Jaan_Tonisson_(Lasteleht), lk 293
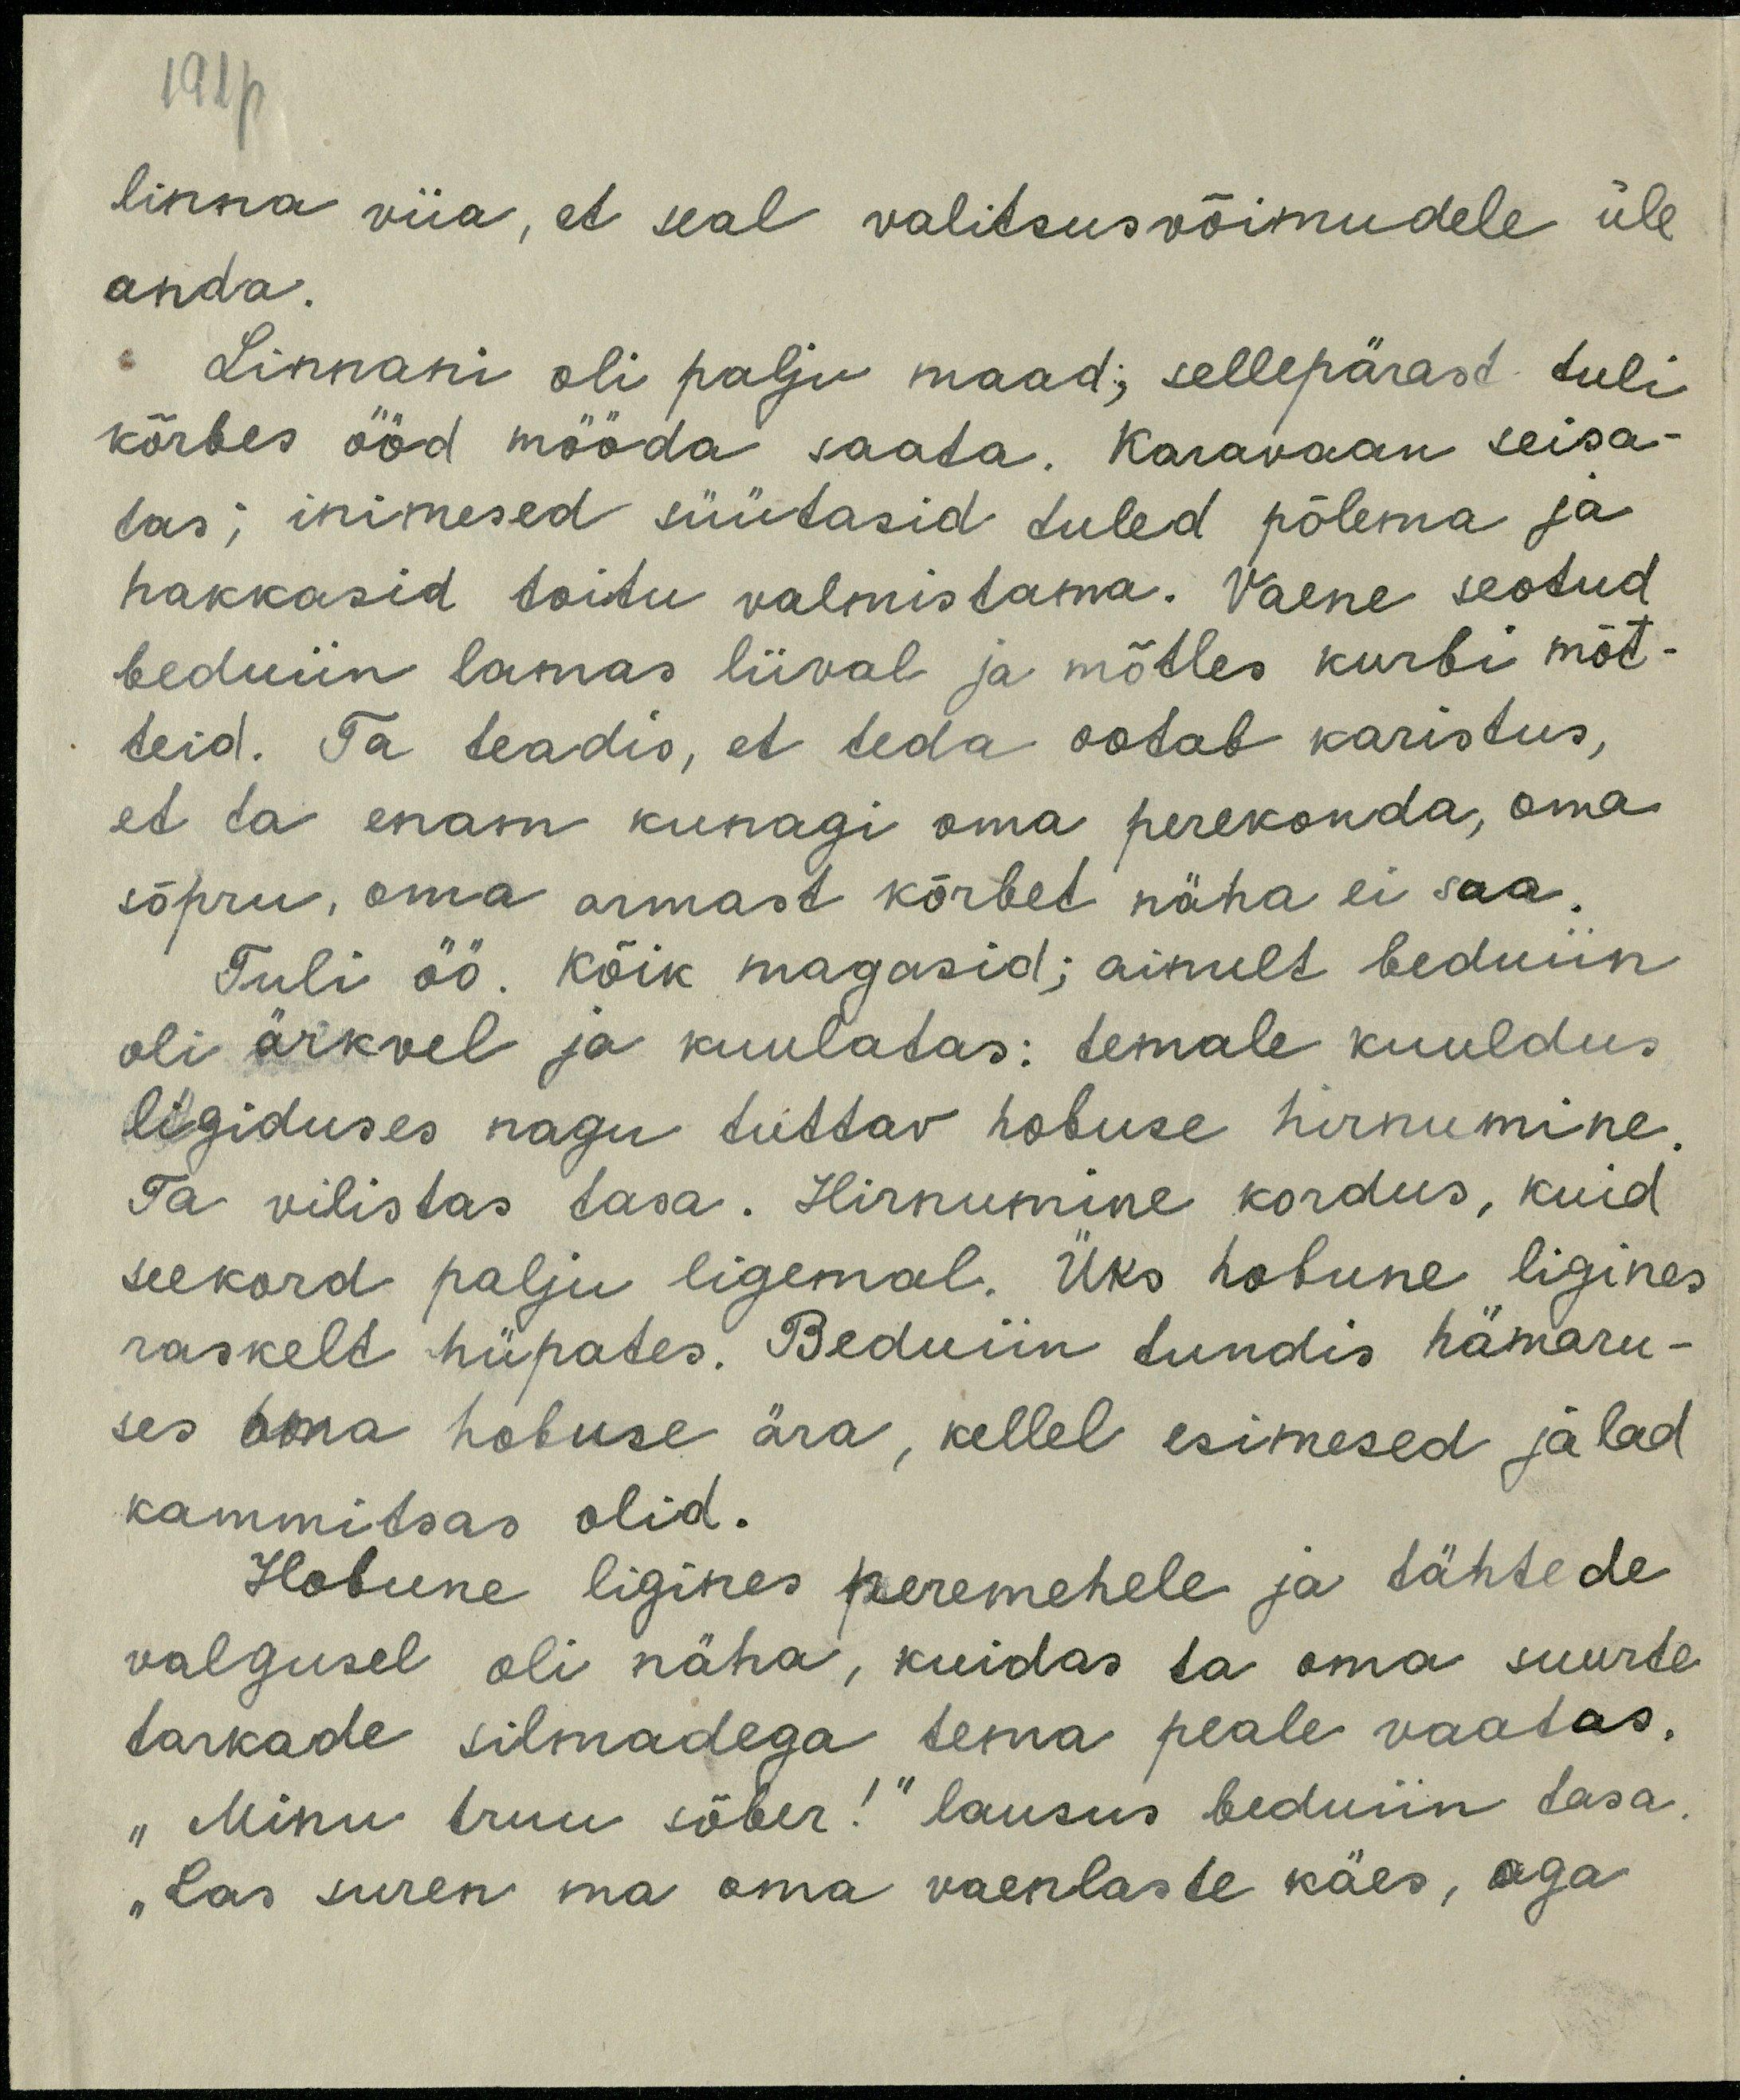
linna viia, et seal valitsusvõimudele üle
anda.
Linnani oli palju maad; sellepärast tuli
kõrbes ööd mööda saada. Karavan seisa-
tas; inimesed süütasid tuled põlema ja
hakkasid toitu valmistama. Vaene seodud
beduiin lamas liival ja mõtles kurbi mõt-
teid. Ta teadis, et teda oodab karistus,
et ta enam kunagi oma perekonda, oma
sõpru, oma armast kõrbed näha ei saa.
Tubli öö. Kõik magasid; ainult beduiin
oli ärkvel ja kuuladas: temale kuuldus 
ligiduses nagu tuttav hobuse hirnumine.
Ta vilistas tasa. Hirnumine kordus, kuid
seekord palju ligemal. Üks hobune ligines
raskelt hüpates. Beduiin tundis hämaru-
ses oma hobuse ära, kellel esimesed jalad
kammitsas olid.
Hobune ligines peremehele ja tähtede
valgusel oli näha kuidas ta oma suurde
tarkade silmadega tema peale vaatas
"Minu truu sõber!" lausus beduiin tasa.
"Las ma suren oma vaenlase käes, aga